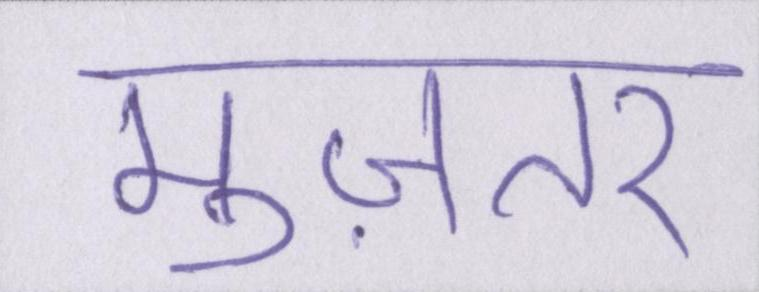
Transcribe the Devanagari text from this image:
मुज़तर